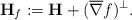
LaTeX: \begin{align*}{\bf H}_f:={\bf H}+(\overline{\nabla }f)^{\perp}. \end{align*}